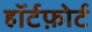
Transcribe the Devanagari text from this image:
हॉर्टफ़ोर्ट